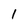
Character: 1